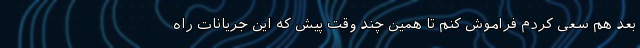
بعد هم سعی کردم فراموش کنم تا همین چند وقت پیش که این جریانات راه